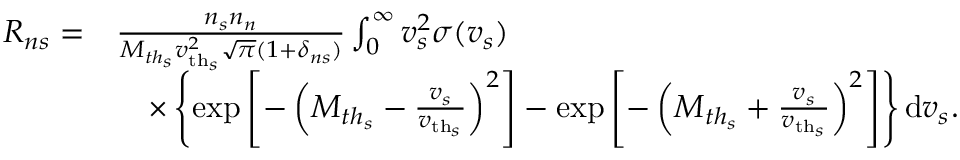
\begin{array} { r l } { R _ { n s } = } & { \frac { n _ { s } n _ { n } } { M _ { t h _ { s } } \ensuremath { v _ { \mathrm { t h } _ { s } } } ^ { 2 } \sqrt { \pi } ( 1 + \delta _ { n s } ) } \int _ { 0 } ^ { \infty } v _ { s } ^ { 2 } \sigma ( v _ { s } ) } \\ & { \quad \times \left\lbrace \exp \left[ - \left( M _ { t h _ { s } } - \frac { v _ { s } } { \ensuremath { v _ { \mathrm { t h } _ { s } } } } \right) ^ { 2 } \right] - \exp \left[ - \left( M _ { t h _ { s } } + \frac { v _ { s } } { \ensuremath { v _ { \mathrm { t h } _ { s } } } } \right) ^ { 2 } \right] \right\rbrace \mathrm { d } v _ { s } . } \end{array}